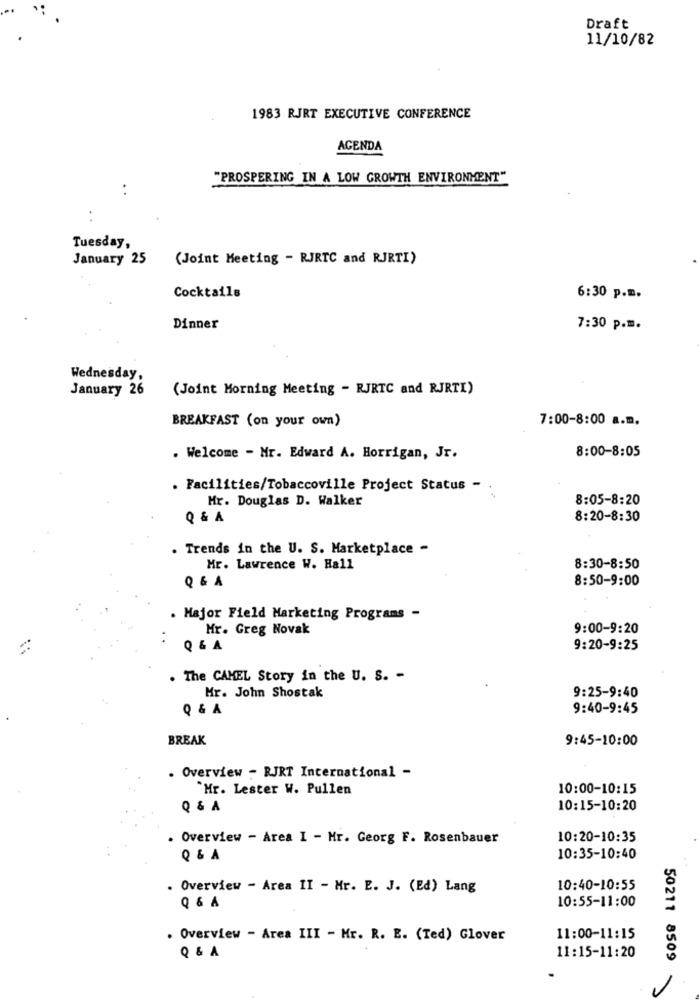
Draft
11/10/82
1983 RJRT EXECUTIVE CONFERENCE
AGENDA
"PROSPERING IN A LOW GROWTH ENVIRONMENT"
Tuesday,
January 25
(Joint Meeting - RJRTC and RJRTI)
Cocktails
6:30 p.m.
Dinner
7:30 p.m.
Wednesday,
January 26
(Joint Morning Meeting - RJRTC and RJRTI)
BREAKFAST (on your own)
7:00-8:00 a.m.
8:00-8:05
. Welcome - Mr. Edward A. Horrigan, Jr.
. Facilities/Tobaccoville Project Status -
Mr. Douglas D. Walker
8:05-8:20
Q & A
8:20-8:30
. Trends in the U. S. Marketplace -
Mr. Lawrence W. Hall
8:30-8:50
8:50-9:00
Q &A
. Major Field Marketing Programs -
Mr. Greg Novak
9:00-9:20
-
..
Q & A
9:20-9:25
. The CAMEL Story in the U. S. -
Mr. John Shostak
9:25-9:40
Q & A
9:40-9:45
BREAK
9:45-10:00
. Overview - RJRT International -
"Mr. Lester W. Pullen
10:00-10:15
Q &A
10:15-10:20
. Overview - Area I - Mr. Georg F. Rosenbauer
10:20-10:35
10:35-10:40
Overview - Area II - Mr. E. J. (Ed) Lang
10:40-10:55
10:55-11:00
Q & A
. Overview - Area III - Mr. R. E. (Ted) Glover
11:00-11:15
Q &A
11:15-11:20
50211 8509